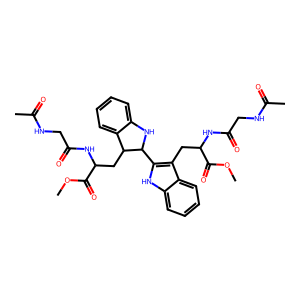
SMILES: COC(=O)C(Cc1c(C2Nc3ccccc3C2CC(NC(=O)CNC(C)=O)C(=O)OC)[nH]c2ccccc12)NC(=O)CNC(C)=O
Inhibits HIV replication: No